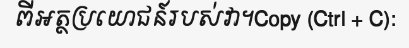
ពីអត្ថប្រយោជន៍របស់វា។Copy (Ctrl + C):